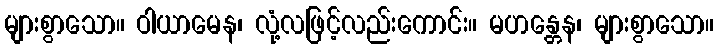
များစွာသော။ ဝါယာမေန၊ လုံ့လဖြင့်လည်းကောင်း။ မဟန္တေန၊ များစွာသော။